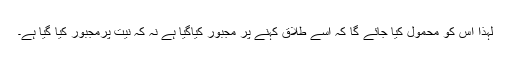
لہٰذا اس کو محمول کیا جائے گا کہ اسے طلاق کہنے پر مجبور کیاگیا ہے نہ کہ نیت پرمجبور کیا گیا ہے۔